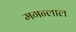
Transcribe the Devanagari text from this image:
मगन्लाल